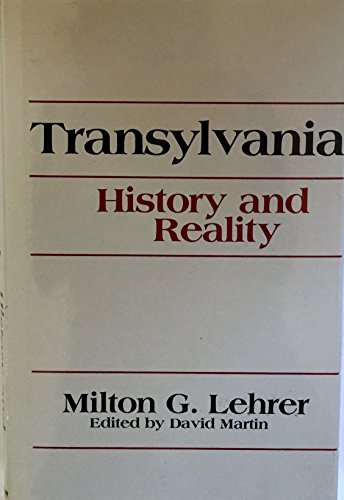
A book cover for Transylvania: History and Reality; Milton G. Lehrer; History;